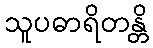
သူပဓာရိတန္တိ